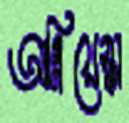
আগ্নিয়েস্কা